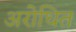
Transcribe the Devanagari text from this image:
अरोधित